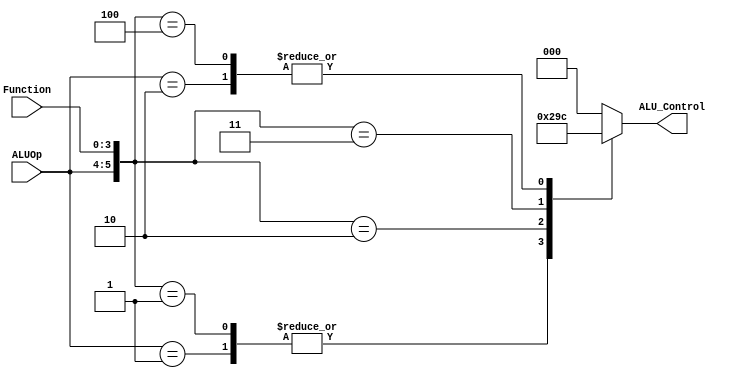
//fpga4student.com: FPga projects, Verilog projects, VHDL projects
// Verilog project: Verilog code for 16-bit MIPS Processor
// Submodule: ALU Control Unit in Verilog 
 module ALUControl( ALU_Control, ALUOp, Function);  
 output reg[2:0] ALU_Control;  
 input [1:0] ALUOp;  
 input [3:0] Function;  
 wire [5:0] ALUControlIn;  
 assign ALUControlIn = {ALUOp,Function};  
 always @(ALUControlIn)  
 casex (ALUControlIn)  
  6'b11xxxx: ALU_Control=3'b000;  
  6'b10xxxx: ALU_Control=3'b100;  
  6'b01xxxx: ALU_Control=3'b001;  
  6'b000000: ALU_Control=3'b000;  
  6'b000001: ALU_Control=3'b001;  
  6'b000010: ALU_Control=3'b010;  
  6'b000011: ALU_Control=3'b011;  
  6'b000100: ALU_Control=3'b100;  
  default: ALU_Control=3'b000;  
  endcase  
 endmodule